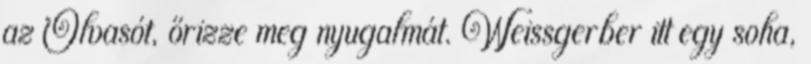
az Olvasót, őrizze meg nyugalmát. Weissgerber itt egy soha,